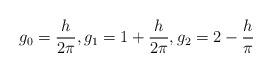
LaTeX: \begin{align*}g_0=\frac{h}{2\pi} , g_1=1+\frac{h}{2\pi} , g_2=2-\frac{h}{\pi}\end{align*}